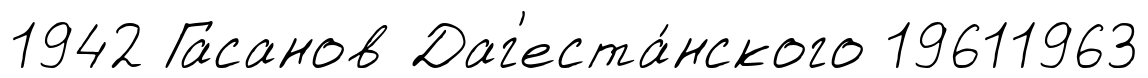
1942 Гасанов Даг'еста́нского 19611963